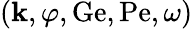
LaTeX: (\mathbf{k},\varphi,\mathrm{{Ge}},\mathrm{{Pe}},\omega)